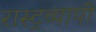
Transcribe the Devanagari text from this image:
रास्ट्रव्यापी